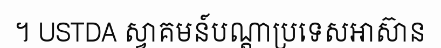
។ USTDA ស្វាគមន៍បណ្តាប្រទេសអាស៊ាន